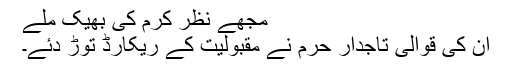
مجھے نظر کرم کی بھیک ملے
ان کی قوالی تاجدار حرم نے مقبولیت کے ریکارڈ توڑ دئے۔